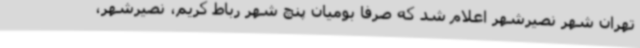
تهران شهر نصیرشهر اعلام شد که صرفا بومیان پنچ شهر رباط کریم، نصیرشهر،